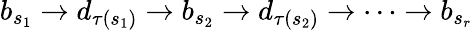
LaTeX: b_{s_{1}}\rightarrow d_{\tau(s_{1})}\rightarrow b_{s_{2}}\rightarrow d_{\tau(s_{2})}\rightarrow\dots\rightarrow b_{s_{r}}